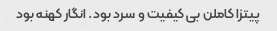
پیتزا کاملن بی کیفیت و سرد بود. انگار کهنه بود